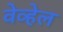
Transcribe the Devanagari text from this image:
वेव्हेल